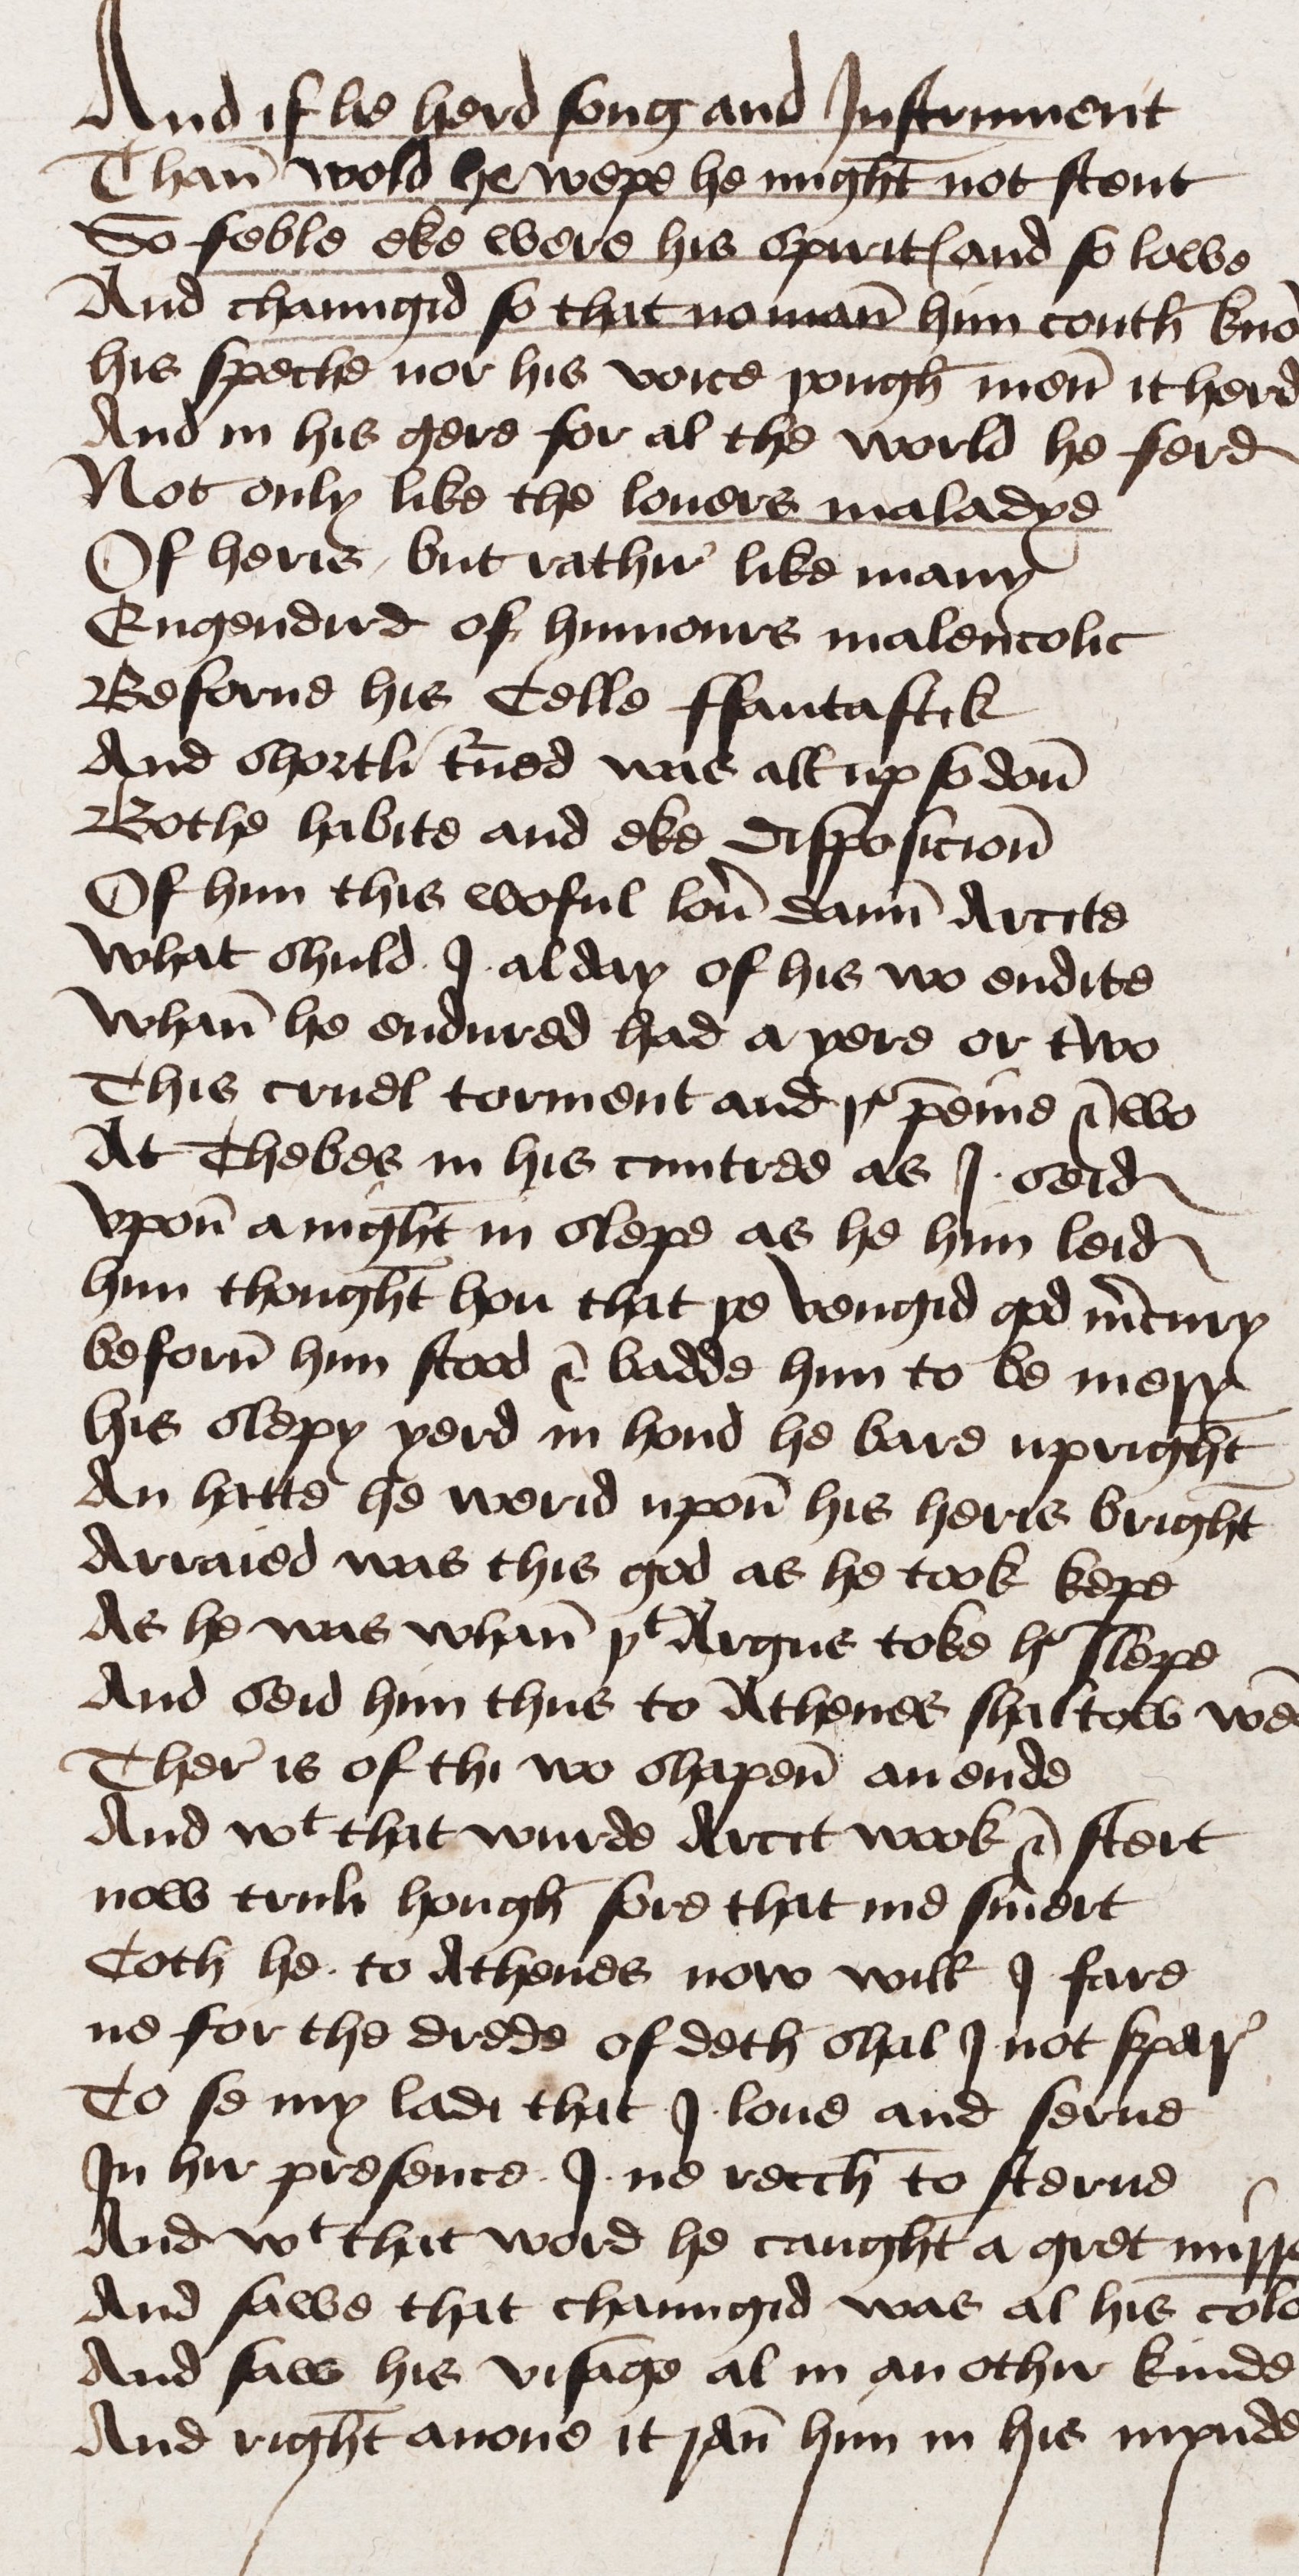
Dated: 1460–1499